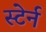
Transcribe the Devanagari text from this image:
स्टेर्न